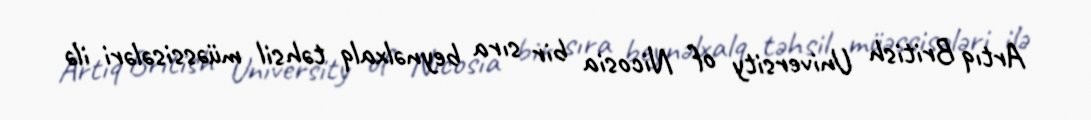
Artıq British University of Nicosia bir sıra beynəlxalq təhsil müəssisələri ilə